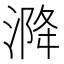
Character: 𰜡